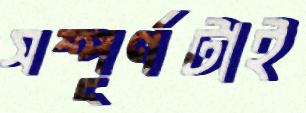
সম্পূর্ণটাই